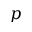
p